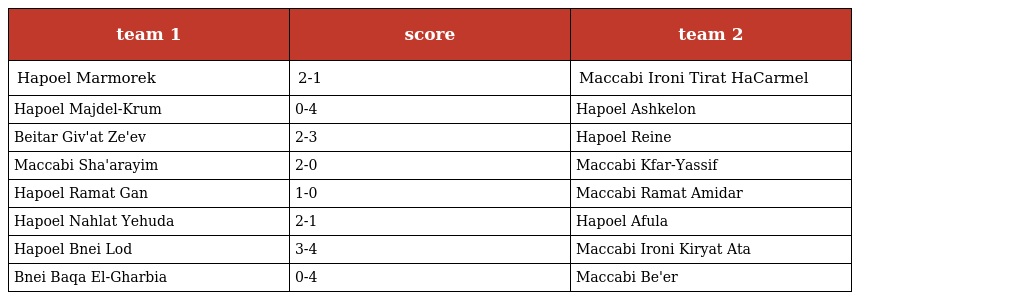
| team 1 | score | team 2 |
 | --- | --- | --- |
 | Hapoel Marmorek | 2-1 | Maccabi Ironi Tirat HaCarmel |
 | Hapoel Majdel-Krum | 0-4 | Hapoel Ashkelon |
 | Beitar Giv'at Ze'ev | 2-3 | Hapoel Reine |
 | Maccabi Sha'arayim | 2-0 | Maccabi Kfar-Yassif |
 | Hapoel Ramat Gan | 1-0 | Maccabi Ramat Amidar |
 | Hapoel Nahlat Yehuda | 2-1 | Hapoel Afula |
 | Hapoel Bnei Lod | 3-4 | Maccabi Ironi Kiryat Ata |
 | Bnei Baqa El-Gharbia | 0-4 | Maccabi Be'er |